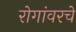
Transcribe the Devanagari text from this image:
रोगांवरचे